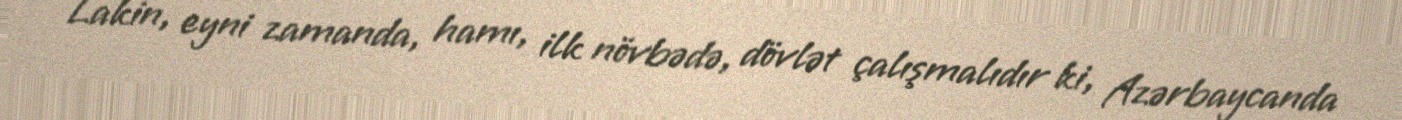
Lakin, eyni zamanda, hamı, ilk növbədə, dövlət çalışmalıdır ki, Azərbaycanda